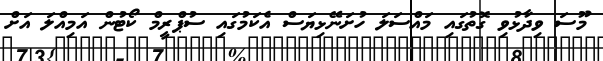
މޫސަ ވިދާޅުވި ގޮތުގައި މައްސަލަ ހުށަނޭޅިޔަސް އެކަމުގައި ސުޕްރީމް ކޯޓުން އަމިއްލަ އަށް